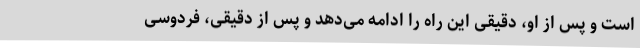
است و پس از او، دقیقی این راه را ادامه می‌دهد و پس از دقیقی، فردوسی